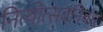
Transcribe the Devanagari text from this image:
नित्योत्सवनिबंध